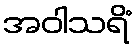
အဝါသရိံ